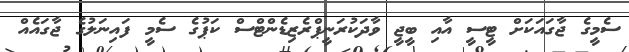
ސެމީގެ ޖާގައަކަށް ޓީސީ އާއި ބީޖީ ވާދަކުރަނީޕްރެޒިޑެންޓްސް ކަޕުގެ ސެމީ ފައިނަލުގެ ޖާގައެއް